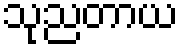
သုညတာယ